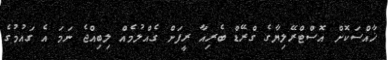
ޚާއްސަކޮށް އޮސްޓްރޭލިޔާގެ ގްރޭޑް ބެރިއާ ރީފަށް ގެއްލުމެއް ލިބިއްޖެ ނަމަ އެ ގައުމުގެ